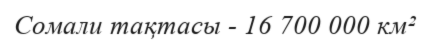
Сомали тақтасы - 16 700 000 км²